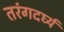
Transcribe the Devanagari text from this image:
तरंगदर्घ्य